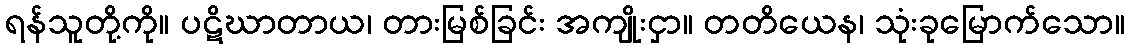
ရန်သူတို့ကို။ ပဋိဃာတာယ၊ တားမြစ်ခြင်း အကျိုးငှာ။ တတိယေန၊ သုံးခုမြောက်သော။